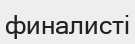
финалисті